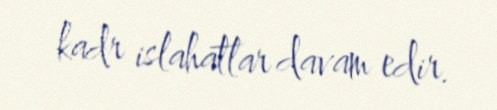
kadr islahatlar davam edir.